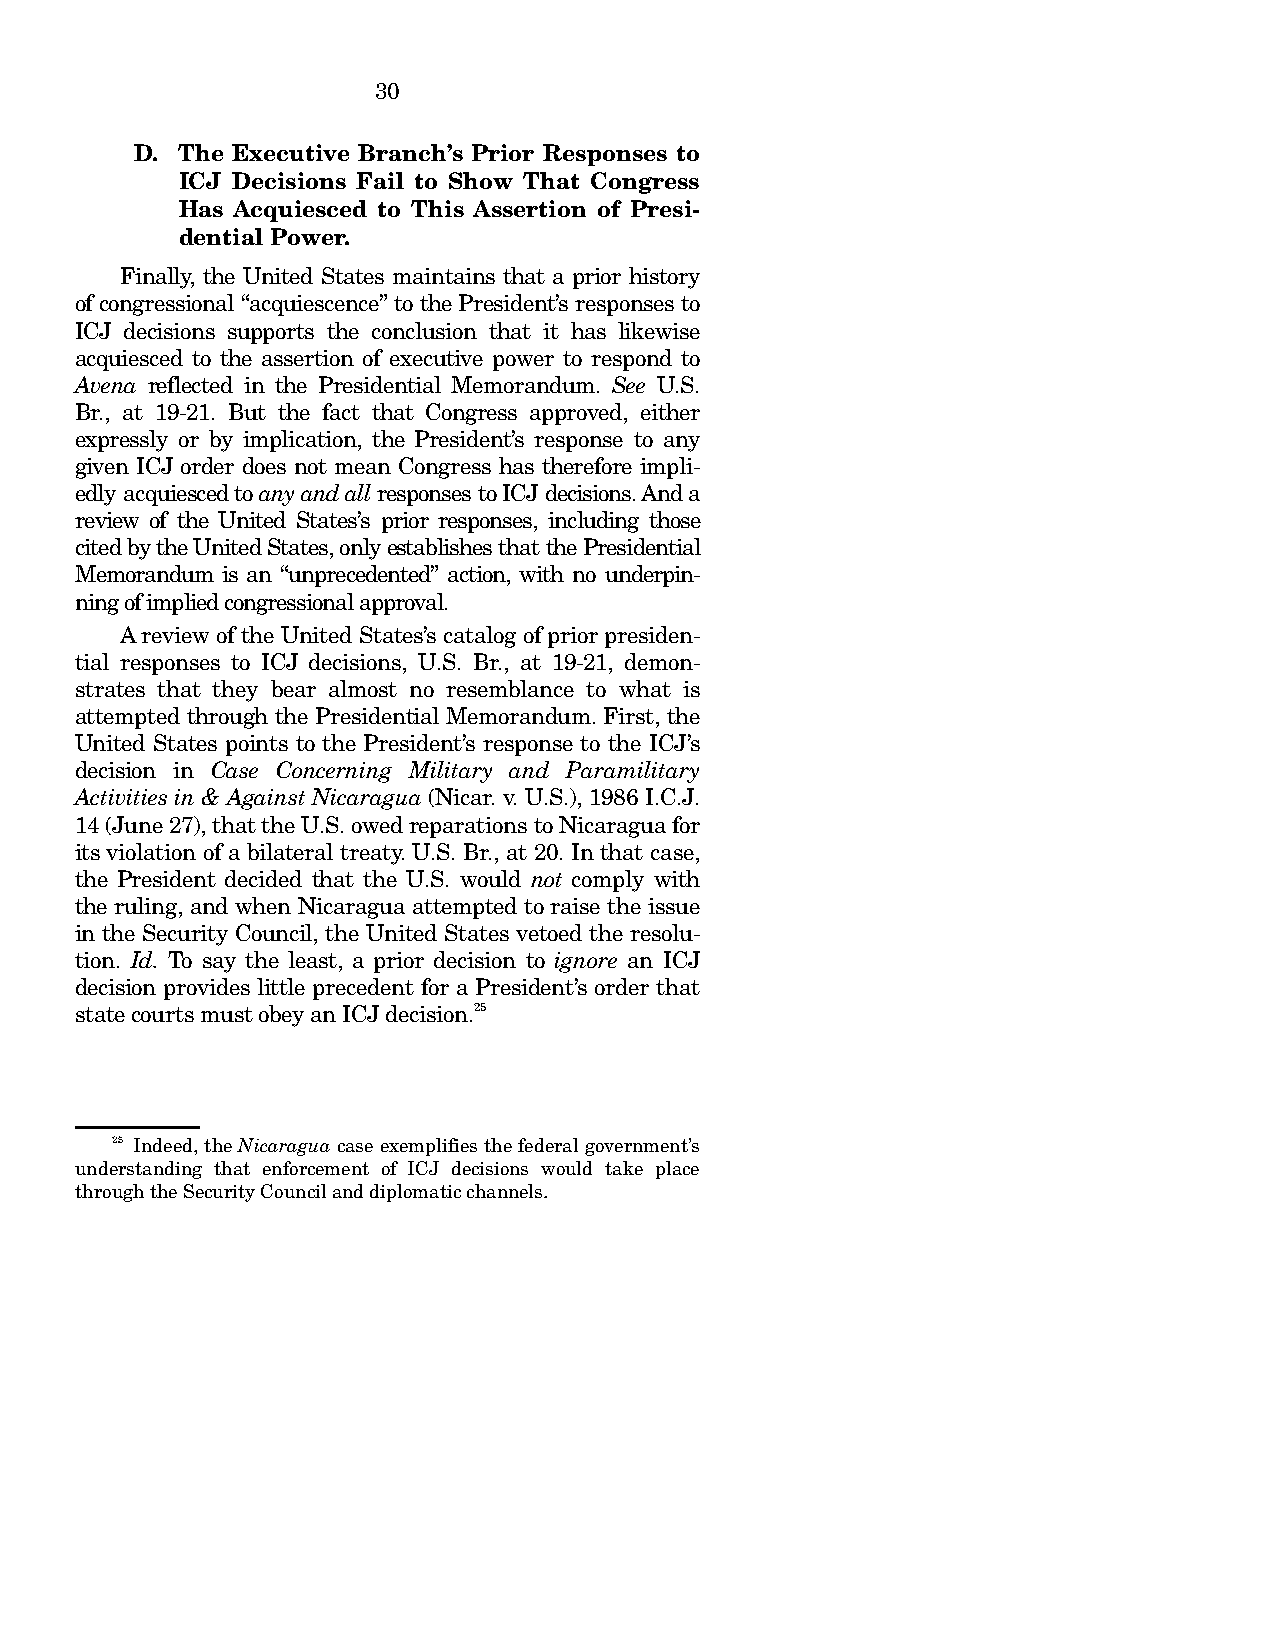
30
 D. The Executive Branch’s Prior Responses to
 ICJ Decisions Fail to Show That Congress
 Has Acquiesced to This Assertion of Presi-
 dential Power.
 Finally, the United States maintains that a prior history
 of congressional “acquiescence” to the President’s responses to
 ICJ decisions supports the conclusion that it has likewise
 acquiesced to the assertion of executive power to respond to
 Avena reflected in the Presidential Memorandum. See U.S.
 Br., at 19-21. But the fact that Congress approved, either
 expressly or by implication, the President’s response to any
 given ICJ order does not mean Congress has therefore impli-
 edly acquiesced to any and all responses to ICJ decisions. And a
 review of the United States’s prior responses, including those
 cited by the United States, only establishes that the Presidential
 Memorandum is an “unprecedented” action, with no underpin-
 ning of implied congressional approval.
 A review of the United States’s catalog of prior presiden-
 tial responses to ICJ decisions, U.S. Br., at 19-21, demon-
 strates that they bear almost no resemblance to what is
 attempted through the Presidential Memorandum. First, the
 United States points to the President’s response to the ICJ’s
 decision in Case Concerning Military and Paramilitary
 Activities in & Against Nicaragua (Nicar. v. U.S.), 1986 I.C.J.
 14 (June 27), that the U.S. owed reparations to Nicaragua for
 its violation of a bilateral treaty. U.S. Br., at 20. In that case,
 the President decided that the U.S. would not comply with
 the ruling, and when Nicaragua attempted to raise the issue
 in the Security Council, the United States vetoed the resolu-
 tion. Id. To say the least, a prior decision to ignore an ICJ
 decision provides little precedent for a President’s order that
 state courts must obey an ICJ decision.25
 25 Indeed, the Nicaragua case exemplifies the federal government’s
 understanding that enforcement of ICJ decisions would take place
 through the Security Council and diplomatic channels.